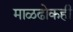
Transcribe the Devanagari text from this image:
माळढोकही